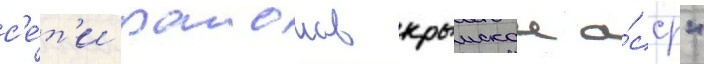
с'е́т'и раионов крымскои а́сср"